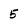
Character: 5